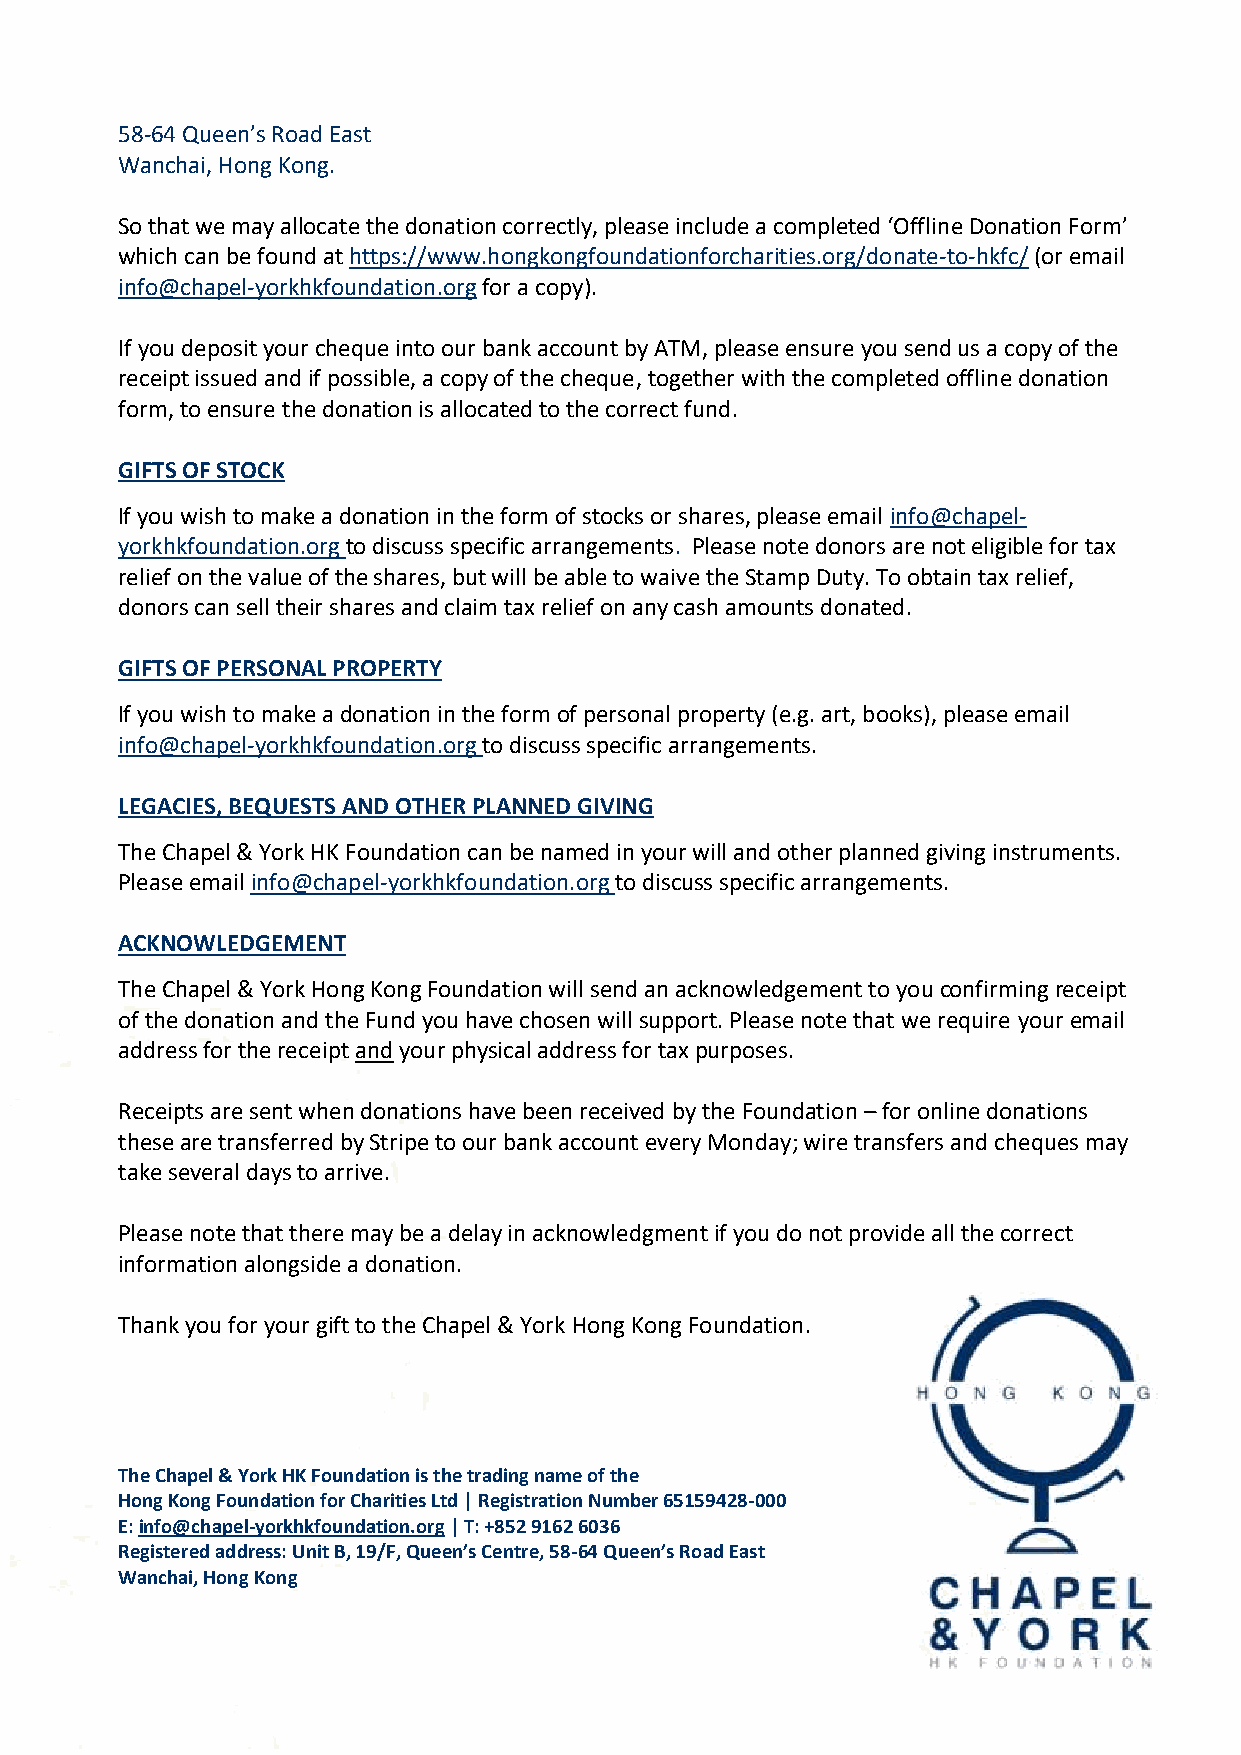
58-64 Queen’s Road East
 Wanchai, Hong Kong.
 So that we may allocate the donation correctly, please include a completed ‘Offline Donation Form’
 which can be found at https://www.hongkongfoundationforcharities.org/donate-to-hkfc/ (or email
 info@chapel-yorkhkfoundation.org for a copy).
 If you deposit your cheque into our bank account by ATM, please ensure you send us a copy of the
 receipt issued and if possible, a copy of the cheque, together with the completed offline donation
 form, to ensure the donation is allocated to the correct fund.
 GIFTS OF STOCK
 If you wish to make a donation in the form of stocks or shares, please email info@chapel-
 yorkhkfoundation.org to discuss specific arrangements. Please note donors are not eligible for tax
 relief on the value of the shares, but will be able to waive the Stamp Duty. To obtain tax relief,
 donors can sell their shares and claim tax relief on any cash amounts donated.
 GIFTS OF PERSONAL PROPERTY
 If you wish to make a donation in the form of personal property (e.g. art, books), please email
 info@chapel-yorkhkfoundation.org to discuss specific arrangements.
 LEGACIES, BEQUESTS AND OTHER PLANNED GIVING
 The Chapel & York HK Foundation can be named in your will and other planned giving instruments.
 Please email info@chapel-yorkhkfoundation.org to discuss specific arrangements.
 ACKNOWLEDGEMENT
 The Chapel & York Hong Kong Foundation will send an acknowledgement to you confirming receipt
 of the donation and the Fund you have chosen will support. Please note that we require your email
 address for the receipt and your physical address for tax purposes.
 Receipts are sent when donations have been received by the Foundation – for online donations
 these are transferred by Stripe to our bank account every Monday; wire transfers and cheques may
 take several days to arrive.
 Please note that there may be a delay in acknowledgment if you do not provide all the correct
 information alongside a donation.
 Thank you for your gift to the Chapel & York Hong Kong Foundation.
 The Chapel & York HK Foundation is the trading name of the
 Hong Kong Foundation for Charities Ltd | Registration Number 65159428-000
 E: info@chapel-yorkhkfoundation.org | T: +852 9162 6036
 Registered address: Unit B, 19/F, Queen’s Centre, 58-64 Queen’s Road East
 Wanchai, Hong Kong